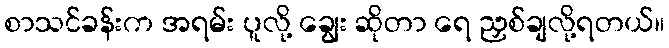
စာသင်ခန်းက အရမ်း ပူလို့ ချွေး ဆိုတာ ရေ ညှစ်ချလို့ရတယ်။